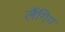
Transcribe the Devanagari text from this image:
लैंगिग